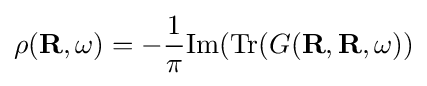
\rho (\mathbf {R} ,\omega )=-{\frac {1}{\pi }}\mathrm {Im} (\mathrm {Tr} (G(\mathbf {R} ,\mathbf {R} ,\omega ))